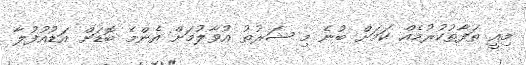
މިއީ ތަފާތުކުރުމެއް ކަމަށް ބުނެ މި ޝަރުތު އުވާލުމަށް އެންމެ ބޮޑަށް އަޑުއުފުލާ